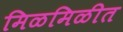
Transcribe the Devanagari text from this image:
मिळमिळीत